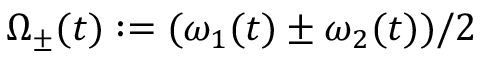
\Omega _ { \pm } ( t ) : = ( \omega _ { 1 } ( t ) \pm \omega _ { 2 } ( t ) ) / 2